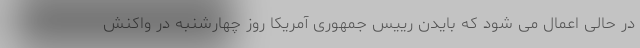
در حالی اعمال می شود که بایدن رییس جمهوری آمریکا روز چهارشنبه در واکنش